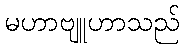
မဟာဗျူဟာသည်